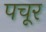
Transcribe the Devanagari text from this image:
पचूर